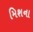
મિશના